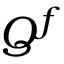
Q ^ { f }